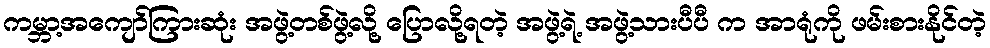
ကမ္ဘာ့အကျော်ကြားဆုံး အဖွဲ့တစ်ဖွဲ့လို့ ပြောလို့ရတဲ့ အဖွဲ့ရဲ့ အဖွဲ့သားပီပီ က အာရုံကို ဖမ်းစားနိုင်တဲ့